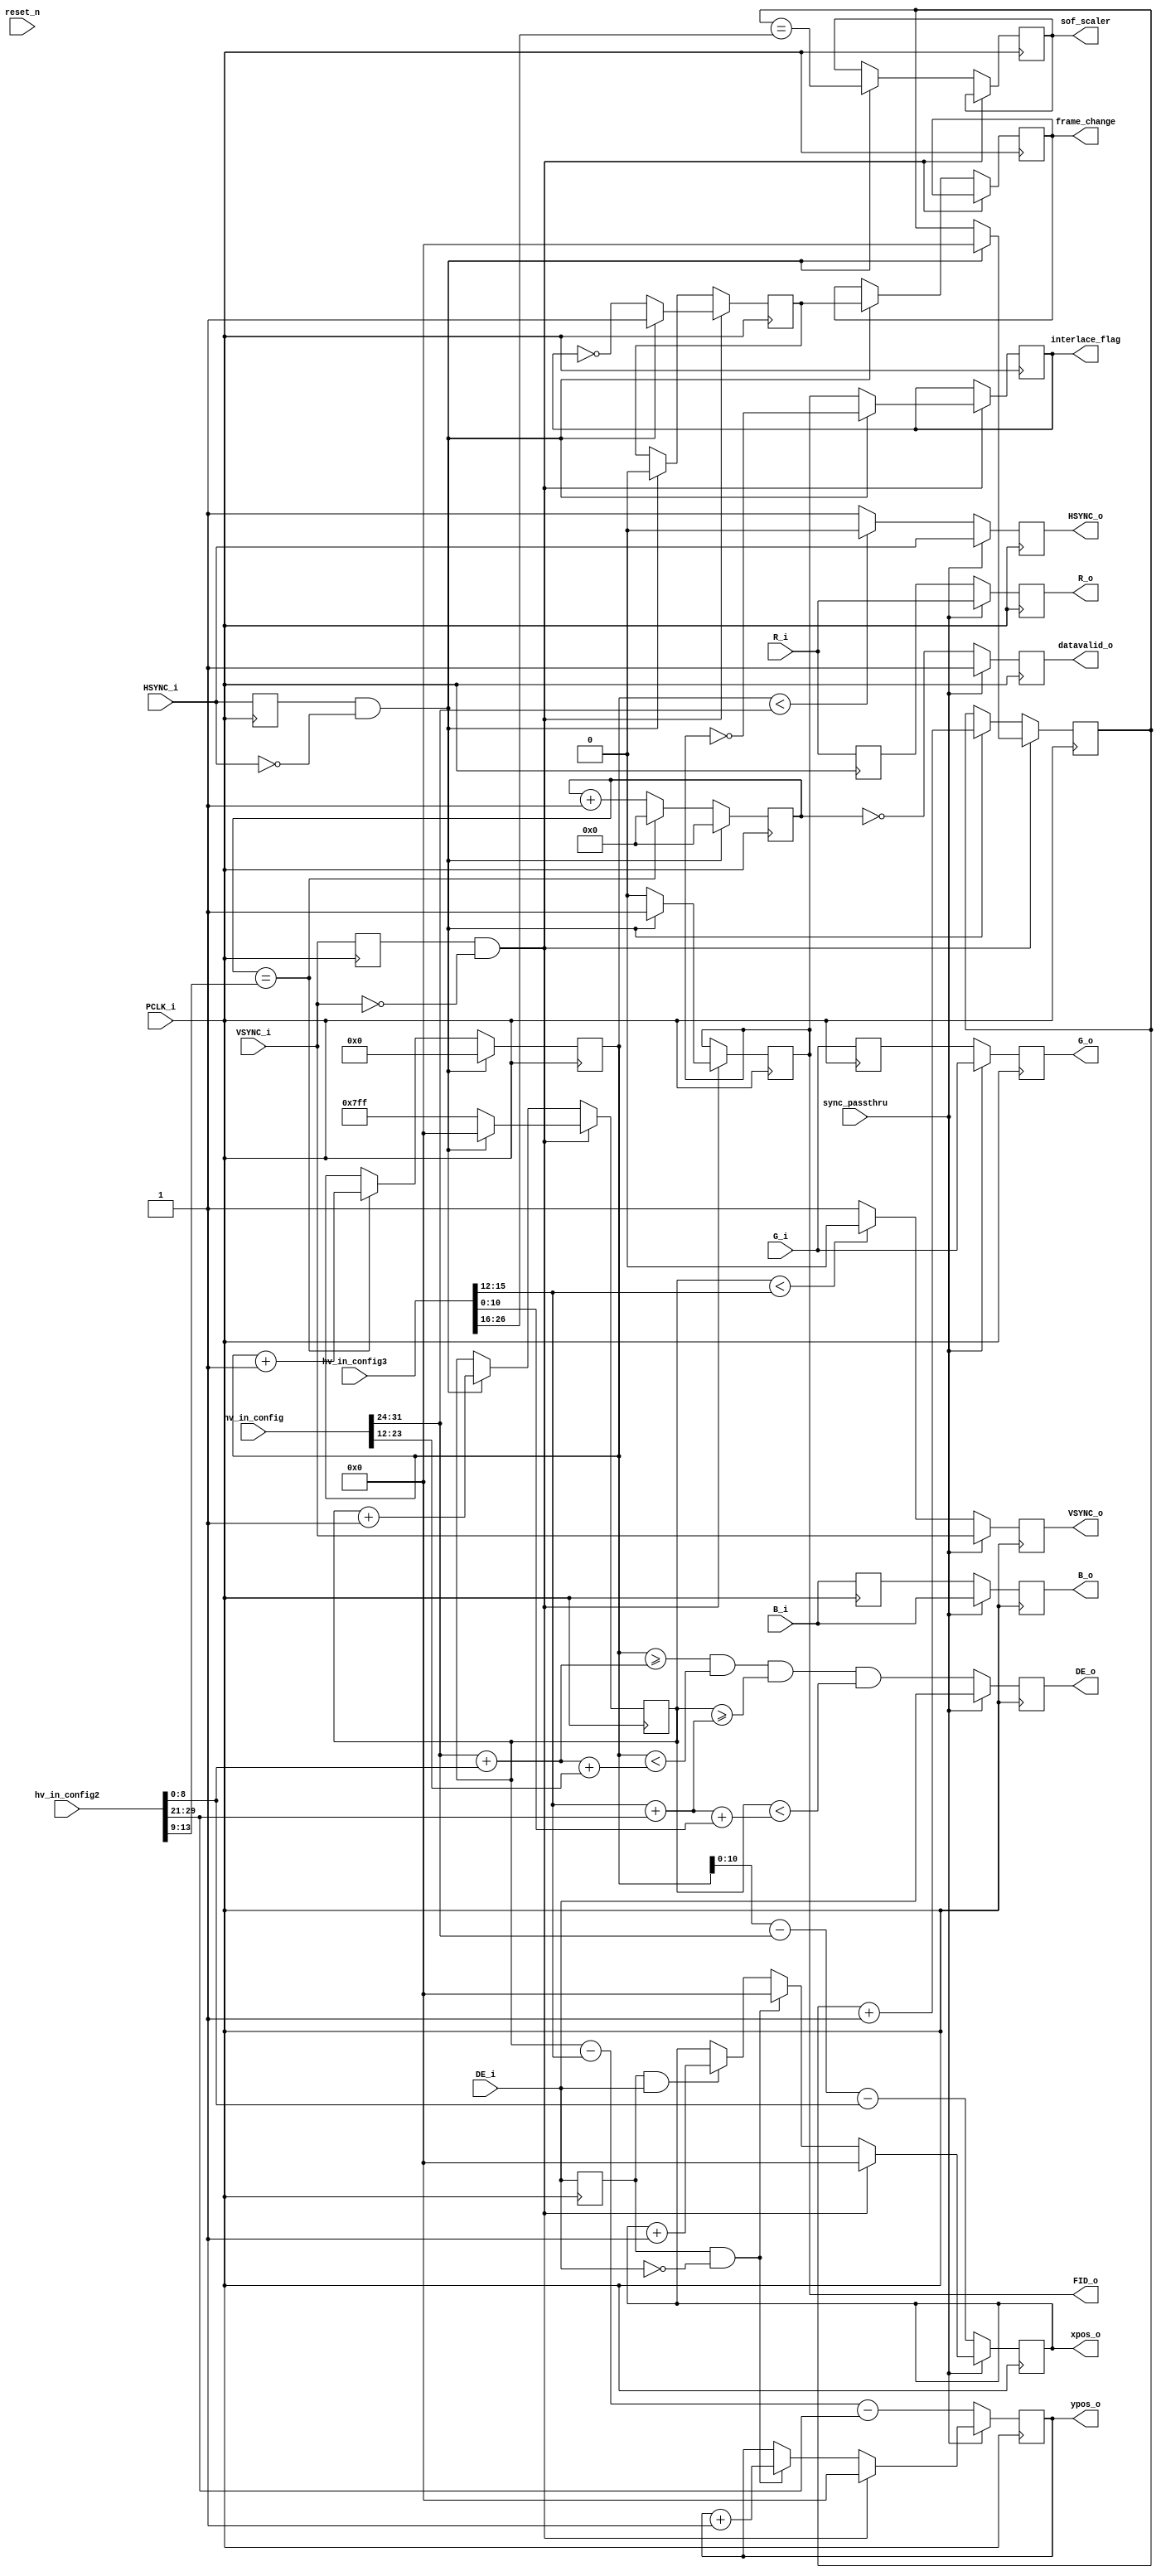
module adv7611_frontend (
    input PCLK_i,
    input reset_n,
    input [7:0] R_i,
    input [7:0] G_i,
    input [7:0] B_i,
    input HSYNC_i,
    input VSYNC_i,
    input DE_i,
    input [31:0] hv_in_config,
    input [31:0] hv_in_config2,
    input [31:0] hv_in_config3,
    input sync_passthru,
    output reg [7:0] R_o,
    output reg [7:0] G_o,
    output reg [7:0] B_o,
    output reg HSYNC_o,
    output reg VSYNC_o,
    output reg DE_o,
    output reg FID_o,
    output reg interlace_flag,
    output reg datavalid_o,
    output reg [10:0] xpos_o,
    output reg [10:0] ypos_o,
    output reg frame_change,
    output reg sof_scaler
);

localparam FID_EVEN = 1'b0;
localparam FID_ODD = 1'b1;

reg HSYNC_i_prev, VSYNC_i_prev, DE_i_prev;
reg FID_prev;

reg [11:0] h_cnt;
reg [10:0] v_cnt;
reg [10:0] vmax_cnt;
reg [4:0] h_ctr;
reg frame_change_raw;

reg [7:0] R_i_prev, G_i_prev, B_i_prev;

wire [11:0] H_ACTIVE = hv_in_config[23:12];
wire [7:0] H_SYNCLEN = hv_in_config[31:24];
wire [8:0] H_BACKPORCH = hv_in_config2[8:0];

wire [10:0] V_ACTIVE = hv_in_config3[11:0];
wire [3:0] V_SYNCLEN = hv_in_config3[15:12];
wire [8:0] V_BACKPORCH = hv_in_config2[29:21];

// Sample skip for low-res modes
wire [4:0] H_SKIP = hv_in_config2[13:9];
wire [4:0] H_SAMPLE_SEL = '0;

// SOF position for scaler
wire [10:0] V_SOF_LINE = hv_in_config3[27:16];

always @(posedge PCLK_i) begin
    if (VSYNC_i_prev & ~VSYNC_i) begin
        if (HSYNC_i_prev & ~HSYNC_i) begin
            FID_o <= FID_ODD;
            interlace_flag <= (FID_o == FID_EVEN);
            frame_change_raw <= 1'b1;
            h_cnt <= 0;
            h_ctr <= 0;
            v_cnt <= 0;
            vmax_cnt <= 0;
        end else begin
            FID_o <= FID_EVEN;
            interlace_flag <= (FID_o == FID_ODD);
            frame_change_raw <= ~interlace_flag;
            if (h_ctr == H_SKIP) begin
                h_cnt <= h_cnt + 1'b1;
                h_ctr <= 0;
            end else begin
                h_ctr <= h_ctr + 1'b1;
            end
            v_cnt <= -1;
        end

        xpos_o <= 0;
        ypos_o <= 0;
    end else begin
        if (HSYNC_i_prev & ~HSYNC_i) begin
            frame_change <= frame_change_raw;
            frame_change_raw <= 1'b0;
            h_cnt <= 0;
            h_ctr <= 0;
            v_cnt <= v_cnt + 1'b1;
            vmax_cnt <= vmax_cnt + 1'b1;
            sof_scaler <= (vmax_cnt == V_SOF_LINE);
        end else begin
            if (h_ctr == H_SKIP) begin
                h_cnt <= h_cnt + 1'b1;
                h_ctr <= 0;
            end else begin
                h_ctr <= h_ctr + 1'b1;
            end
        end

        if (DE_i_prev & ~DE_i) begin
            xpos_o <= 0;
            ypos_o <= ypos_o + 1'b1;
        end else if (DE_i_prev & DE_i) begin
            xpos_o <= xpos_o + 1'b1;
        end
    end

    if (sync_passthru) begin
        R_o <= R_i;
        G_o <= G_i;
        B_o <= B_i;
        HSYNC_o <= HSYNC_i;
        VSYNC_o <= VSYNC_i;
        DE_o <= DE_i;
        datavalid_o <= 1'b1;
    end else begin
        R_o <= R_i_prev;
        G_o <= G_i_prev;
        B_o <= B_i_prev;
        HSYNC_o <= (h_cnt < H_SYNCLEN) ? 1'b0 : 1'b1;
        VSYNC_o <= (v_cnt < V_SYNCLEN) ? 1'b0 : 1'b1;
        DE_o <= (h_cnt >= H_SYNCLEN+H_BACKPORCH) & (h_cnt < H_SYNCLEN+H_BACKPORCH+H_ACTIVE) & (v_cnt >= V_SYNCLEN+V_BACKPORCH) & (v_cnt < V_SYNCLEN+V_BACKPORCH+V_ACTIVE);
        xpos_o <= (h_cnt-H_SYNCLEN-H_BACKPORCH);
        ypos_o <= (v_cnt-V_SYNCLEN-V_BACKPORCH);
        datavalid_o <= (h_ctr == H_SAMPLE_SEL);
    end

    R_i_prev <= R_i;
    G_i_prev <= G_i;
    B_i_prev <= B_i;
    HSYNC_i_prev <= HSYNC_i;
    VSYNC_i_prev <= VSYNC_i;
    DE_i_prev <= DE_i;
end

endmodule